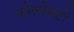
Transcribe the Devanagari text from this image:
कोलोसंटो